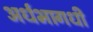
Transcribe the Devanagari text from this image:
अर्धभागधी